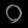
Digit: ၀